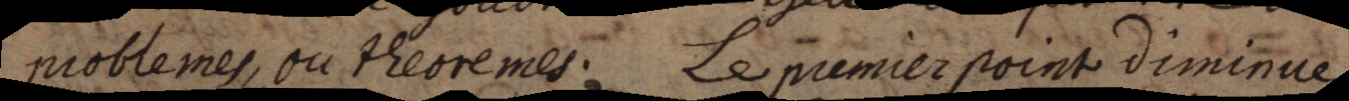
problemes, ou theoremes; Le premier point diminue